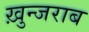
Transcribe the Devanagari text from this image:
ख़ुन्जराब